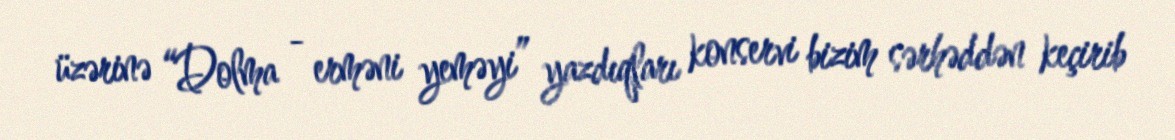
üzərinə “Dolma - erməni yeməyi” yazdıqları konservi bizim sərhəddən keçirib